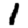
Digit: 1